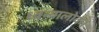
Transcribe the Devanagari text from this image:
ध्वन्यालोक।